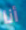
أنا